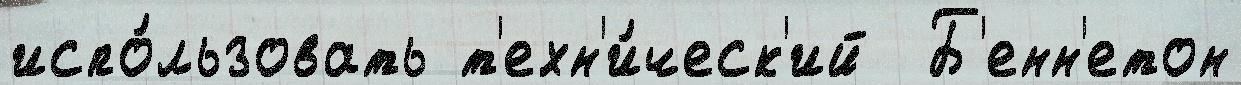
испо́льзовать т'ехн'и́ческ'ий  Б'енн'етон